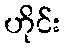
ဟိုင်း